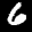
Label: 6